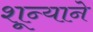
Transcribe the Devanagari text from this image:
शून्याने